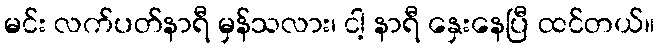
မင်း လက်ပတ်နာရီ မှန်သလား၊ ငါ့ နာရီ နှေးနေပြီ ထင်တယ်။